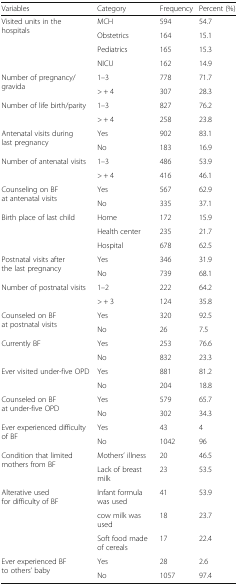
<table><thead><tr><td><b>Variables</b></td><td><b>Category</b></td><td><b>Frequency</b></td><td><b>Percent (%)</b></td></tr></thead><tbody><tr><td rowspan="4">Visited units in the hospitals</td><td>MCH</td><td>594</td><td>54.7</td></tr><tr><td>Obstetrics</td><td>164</td><td>15.1</td></tr><tr><td>Pediatrics</td><td>165</td><td>15.3</td></tr><tr><td>NICU</td><td>162</td><td>14.9</td></tr><tr><td rowspan="2">Number of pregnancy/gravida</td><td>1–3</td><td>778</td><td>71.7</td></tr><tr><td>&gt; + 4</td><td>307</td><td>28.3</td></tr><tr><td rowspan="2">Number of life birth/parity</td><td>1–3</td><td>827</td><td>76.2</td></tr><tr><td>&gt; + 4</td><td>258</td><td>23.8</td></tr><tr><td rowspan="2">Antenatal visits during last pregnancy</td><td>Yes</td><td>902</td><td>83.1</td></tr><tr><td>No</td><td>183</td><td>16.9</td></tr><tr><td rowspan="2">Number of antenatal visits</td><td>1–3</td><td>486</td><td>53.9</td></tr><tr><td>&gt; + 4</td><td>416</td><td>46.1</td></tr><tr><td rowspan="2">Counseling on BF at antenatal visits</td><td>Yes</td><td>567</td><td>62.9</td></tr><tr><td>No</td><td>335</td><td>37.1</td></tr><tr><td rowspan="3">Birth place of last child</td><td>Home</td><td>172</td><td>15.9</td></tr><tr><td>Health center</td><td>235</td><td>21.7</td></tr><tr><td>Hospital</td><td>678</td><td>62.5</td></tr><tr><td rowspan="2">Postnatal visits after the last pregnancy</td><td>Yes</td><td>346</td><td>31.9</td></tr><tr><td>No</td><td>739</td><td>68.1</td></tr><tr><td rowspan="2">Number of postnatal visits</td><td>1–2</td><td>222</td><td>64.2</td></tr><tr><td>&gt; + 3</td><td>124</td><td>35.8</td></tr><tr><td rowspan="2">Counseled on BF at postnatal visits</td><td>Yes</td><td>320</td><td>92.5</td></tr><tr><td>No</td><td>26</td><td>7.5</td></tr><tr><td rowspan="2">Currently BF</td><td>Yes</td><td>253</td><td>76.6</td></tr><tr><td>No</td><td>832</td><td>23.3</td></tr><tr><td rowspan="2">Ever visited under-five OPD</td><td>Yes</td><td>881</td><td>81.2</td></tr><tr><td>No</td><td>204</td><td>18.8</td></tr><tr><td rowspan="2">Counseled on BF at under-five OPD</td><td>Yes</td><td>579</td><td>65.7</td></tr><tr><td>No</td><td>302</td><td>34.3</td></tr><tr><td rowspan="2">Ever experienced difficulty of BF</td><td>Yes</td><td>43</td><td>4</td></tr><tr><td>No</td><td>1042</td><td>96</td></tr><tr><td rowspan="2">Condition that limited mothers from BF</td><td>Mothers’ illness</td><td>20</td><td>46.5</td></tr><tr><td>Lack of breast milk</td><td>23</td><td>53.5</td></tr><tr><td rowspan="3">Alterative used for difficulty of BF</td><td>Infant formula was used</td><td>41</td><td>53.9</td></tr><tr><td>cow milk was used</td><td>18</td><td>23.7</td></tr><tr><td>Soft food made of cereals</td><td>17</td><td>22.4</td></tr><tr><td rowspan="2">Ever experienced BF to others’ baby</td><td>Yes</td><td>28</td><td>2.6</td></tr><tr><td>No</td><td>1057</td><td>97.4</td></tr></tbody></table>